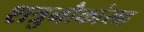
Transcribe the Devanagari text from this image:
शत्रुनौकांसह